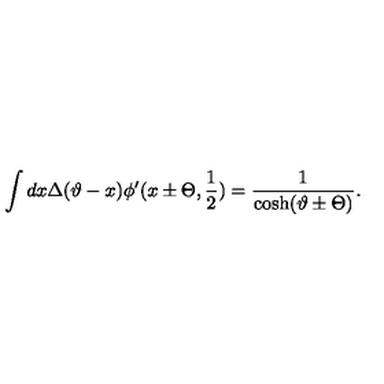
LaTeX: \displaystyle \int d x \Delta ( \vartheta - x ) \phi ^ { \prime } ( x \pm \Theta , \displaystyle \frac { 1 } { 2 } ) = \displaystyle \frac { 1 } { \cosh ( \vartheta \pm \Theta ) } .